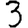
Digit: 3